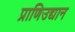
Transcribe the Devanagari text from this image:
प्राणिउद्यान